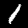
Digit: 1